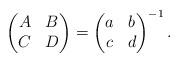
LaTeX: \begin{align*}\begin{pmatrix}A&B\\C&D\end{pmatrix}=\begin{pmatrix}a&b\\c&d\end{pmatrix}^{-1}.\end{align*}